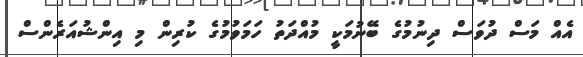
އެއް މަސް ދުވަސް ދިނުމުގެ ބޭނުމަކީ މުއްދަތު ހަމަވުމުގެ ކުރިން މި އިންޝުއަރެންސް